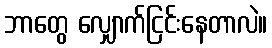
ဘာတွေ လျှောက်ငြင်းနေတာလဲ။